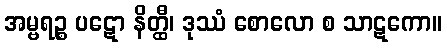
အမ္ဗရဉ္စ ပဋော နိတ္ထီ၊ ဒုဿံ စောလော စ သာဋကော။